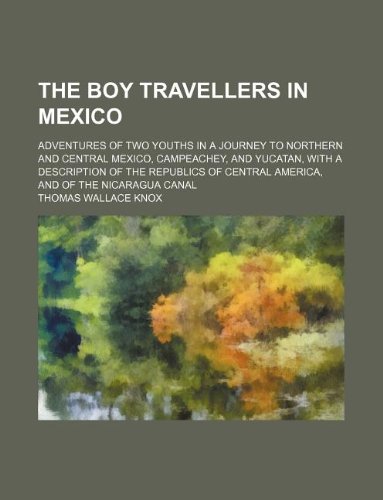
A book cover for The boy travellers in Mexico; adventures of two youths in a journey to northern and central Mexico, Campeachey, and Yucatan, with a description of the ... Central America, and of the Nicaragua canal; Thomas Wallace Knox; Travel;